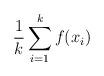
LaTeX: \begin{align*}\frac 1k \sum_{i=1}^k f(x_i)\end{align*}